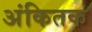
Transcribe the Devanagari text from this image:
अंकितक